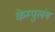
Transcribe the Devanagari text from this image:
केम्पुलंग